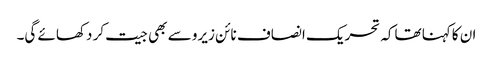
ان کاکہنا تھاکہ تحریک انصاف نائن زیرو سے بھی جیت کر دکھائے گی۔